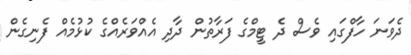
ދެވަނަ ހާފްގައި ވެސް ދެ ޓީމްގެ ފަރާތުން ދާދި އެއްވަރެއްގެ ކުޅުމެއް ފެނިގެން